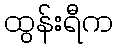
ထွန်းရီက